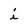
Character: i